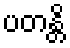
ပတန္တိ